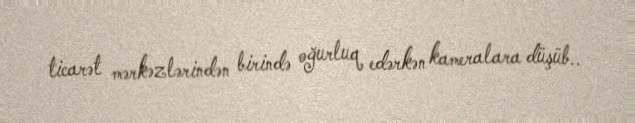
ticarət mərkəzlərindən birində oğurluq edərkən kameralara düşüb..